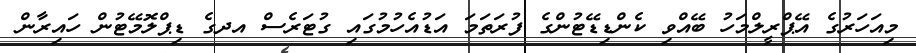
މިއަހަރުގެ އޭޕްރީލްމަހު ބޭއްވި ކެންޑިޑޭޓުންގެ ފުރަތަމަ އަޑުއެހުމުގައި ގުޓަރެސް އދގެ ޑިޕްލޮމޭޓުން ހައިރާން